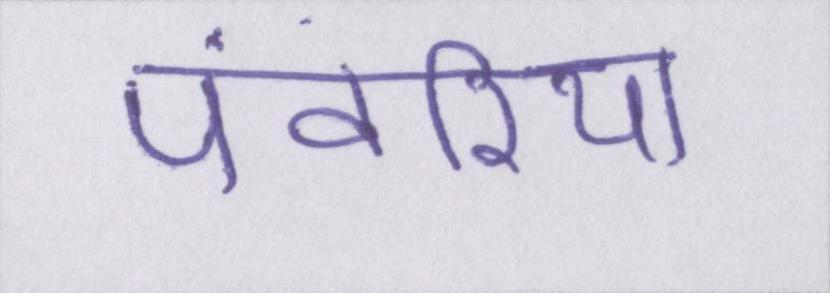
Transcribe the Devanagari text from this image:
पंवरिया